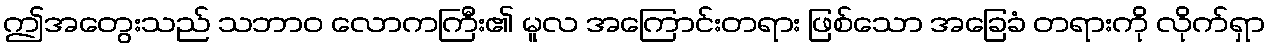
ဤအတွေးသည် သဘာဝ လောကကြီး၏ မူလ အကြောင်းတရား ဖြစ်သော အခြေခံ တရားကို လိုက်ရှာ